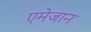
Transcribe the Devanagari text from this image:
एमेजान